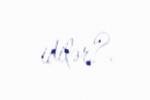
idilər?.